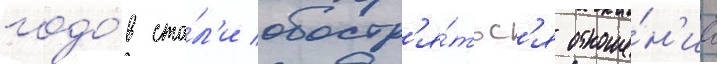
годо́в ста́л'и обостр'я́тьс'я отноше́н'иа